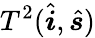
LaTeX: T^{2}(\hat{\boldsymbol{i}},\hat{\boldsymbol{s}})